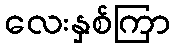
လေးနှစ်ကြာ